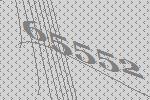
65552